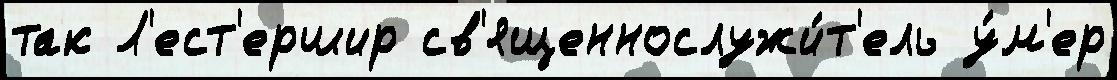
так Л'ест'ершир св'ященнослужи́т'ель у́м'ер